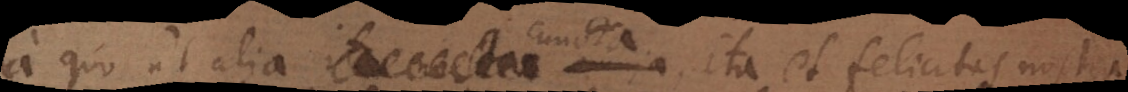
a quo ut alia cuncta, ita et felicitas nostra